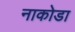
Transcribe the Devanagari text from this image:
नाकोडा